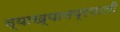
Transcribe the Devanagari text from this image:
व्याख्यानप्रणाली